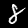
Digit: 8